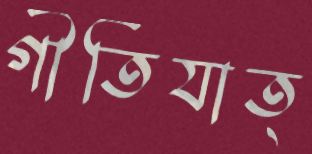
গীতিযাত্